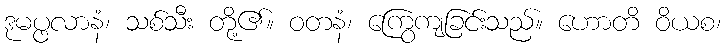
ဒုမပ္ဖလာနံ၊ သစ်သီး တို့၏။ ဝတနံ၊ ကြွေကျခြင်းသည်။ ဟောတိ ဝိယစ၊